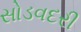
સોડવદરી